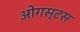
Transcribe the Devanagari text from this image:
ओगस्टस